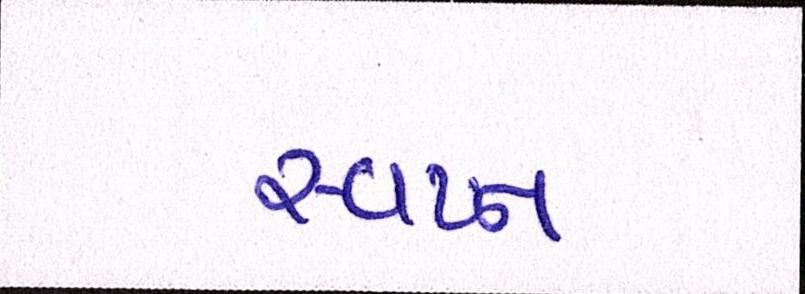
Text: સ્વપ્ન